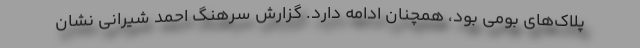
پلاک‌های بومی بود، همچنان ادامه دارد. گزارش سرهنگ احمد شیرانی نشان